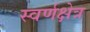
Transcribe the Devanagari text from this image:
स्वर्णक्षेत्र